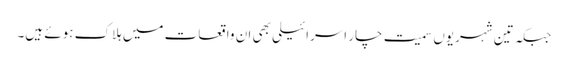
جبکہ تین شہریوں سمیت چار اسرائیلی بھی ان واقعات میں ہلاک ہوئے ہیں۔